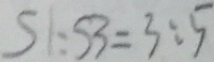
S 1 : S 3 = 3 : 5